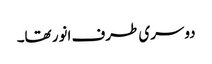
دوسری طرف انور تھا۔